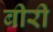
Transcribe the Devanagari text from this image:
बीरी